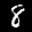
Label: 8